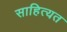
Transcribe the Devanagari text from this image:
साहित्यत